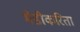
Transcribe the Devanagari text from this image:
भेंडीकरिता